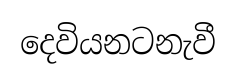
දෙවියනටනැවී